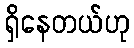
ရှိနေတယ်ဟု